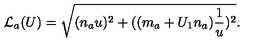
{ \cal L } _ { a } ( U ) = \sqrt { ( n _ { a } u ) ^ { 2 } + ( ( m _ { a } + U _ { 1 } n _ { a } ) \frac { 1 } { u } ) ^ { 2 } } . \nonumber